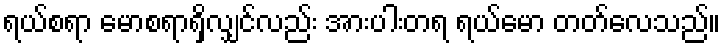
ရယ်စရာ မောစရာရှိလျှင်လည်း အားပါးတရ ရယ်မော တတ်လေသည်။